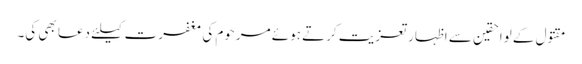
مقتول کے لواحقین سے اظہار تعزیت کرتے ہوئے مرحوم کی مغفرت کیلئے دعا بھی کی۔